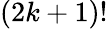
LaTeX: (2k+1)!